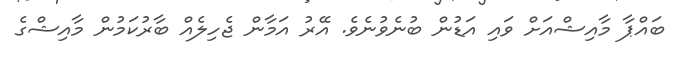
ބައްޕާ މާއިޝްއަށް ވައި އަޑުން ބުނެވުނެވެ. އޭރު އަމާން ޖެހިލެއް ބާރުކަމުން މާއިޝްގެ